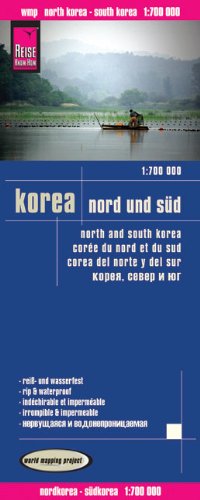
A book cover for Korea, North and South; Reise Know-How Verlag; Travel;